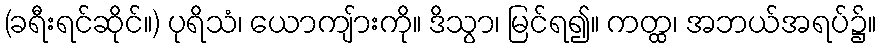
(ခရီးရင်ဆိုင်။) ပုရိသံ၊ ယောကျ်ားကို။ ဒိသွာ၊ မြင်ရ၍။ ကတ္ထ၊ အဘယ်အရပ်၌။